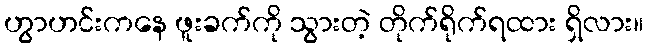
ဟွာဟင်းကနေ ဖူးခက်ကို သွားတဲ့ တိုက်ရိုက်ရထား ရှိလား။